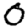
Digit: 0